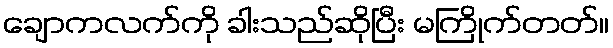
ချောကလက်ကို ခါးသည်ဆိုပြီး မကြိုက်တတ်။